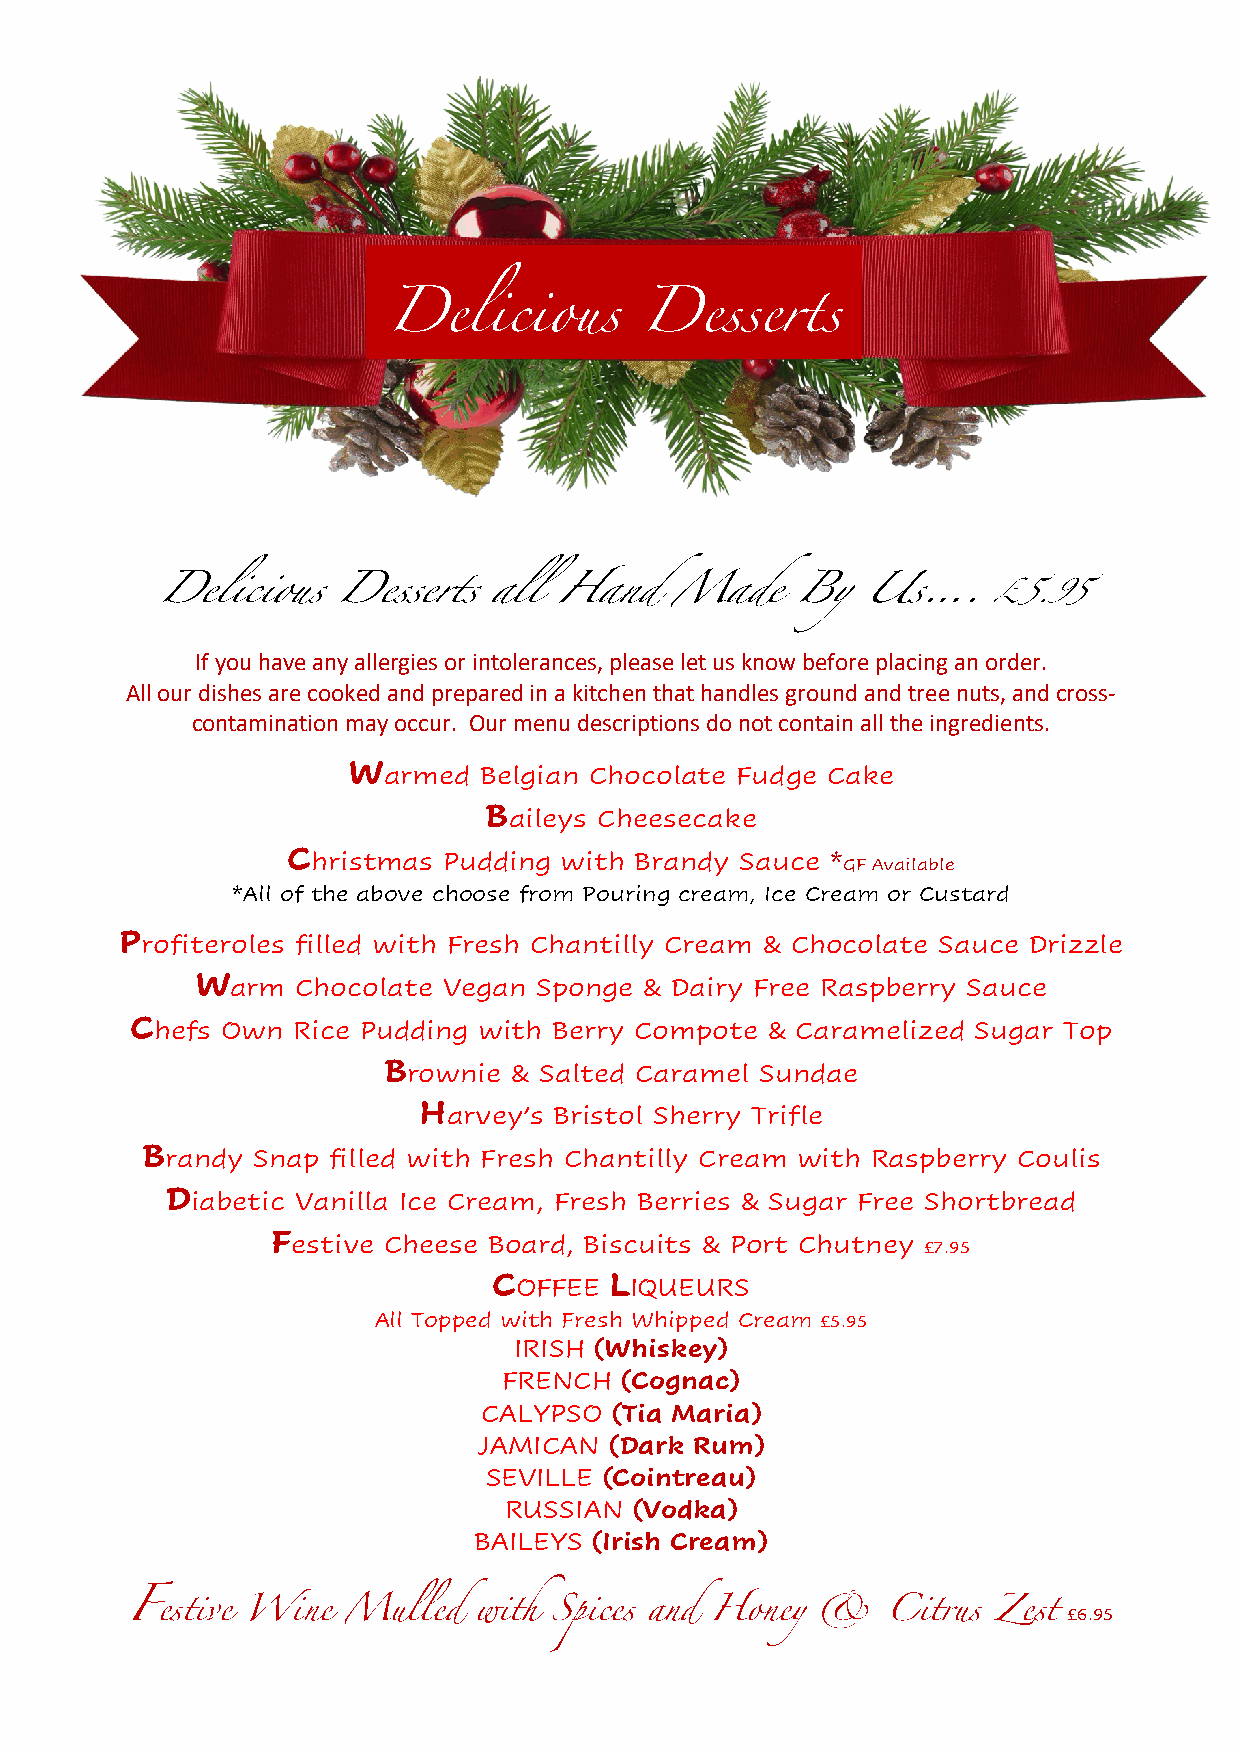
Delicious       Desserts
 Delicious   Desserts  all  Hand   Made     By  Us….     £5.95
 If you have any allergies or intolerances, please let us know before placing an order.
 All our dishes are cooked and prepared in a kitchen that handles ground and tree nuts, and cross-
 contamination may occur. Our menu descriptions do not contain all the ingredients.
 Warmed   Belgian Chocolate Fudge Cake
 Baileys Cheesecake
 Christmas Pudding with Brandy Sauce *GF Available
 *All of the above choose from Pouring cream, Ice Cream or Custard
 Profiteroles filled with Fresh Chantilly Cream & Chocolate Sauce Drizzle
 Warm   Chocolate Vegan Sponge & Dairy Free Raspberry Sauce
 Chefs Own Rice Pudding with Berry Compote & Caramelized Sugar Top
 Brownie  & Salted Caramel Sundae
 Harvey’s Bristol Sherry Trifle
 Brandy  Snap filled with Fresh Chantilly Cream with Raspberry Coulis
 Diabetic Vanilla Ice Cream, Fresh Berries & Sugar Free Shortbread
 Festive Cheese Board, Biscuits & Port Chutney £7.95
 COFFEE LIQUEURS
 All Topped with Fresh Whipped Cream £5.95
 IRISH (Whiskey)
 FRENCH  (Cognac)
 CALYPSO (Tia Maria)
 JAMICAN (Dark Rum)
 SEVILLE (Cointreau)
 RUSSIAN  (Vodka)
 BAILEYS (Irish Cream)
 £6.95
 Festive Wine   Mulled  with Spices and Honey  &    Citrus Zest